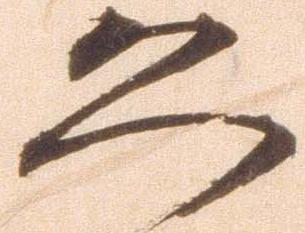
恐